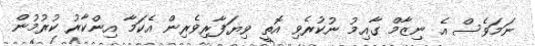
ނަމަވެސް އެ ނިޒާމް ގާއިމު ނުކުރެވި އޮތީ ވިޔަފާރިވެރިން އެކަމާ އިންކާރު ކުރުމުން